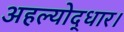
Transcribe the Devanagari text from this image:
अहल्योद्धार।